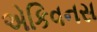
એકિવનસ